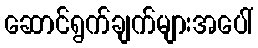
ဆောင်ရွက်ချက်များအပေါ်